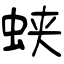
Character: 蛱